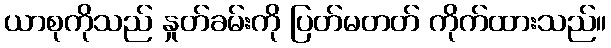
ယာစုကိုသည် နှုတ်ခမ်းကို ပြတ်မတတ် ကိုက်ထားသည်။